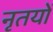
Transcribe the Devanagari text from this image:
नृतयों